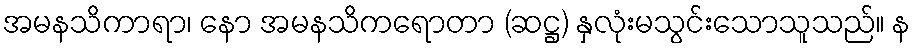
အမနသိကာရာ၊ နော အမနသိကရောတာ (ဆဋ္ဌ) နှလုံးမသွင်းသောသူသည်။ န